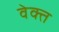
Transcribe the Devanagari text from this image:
वेक्त